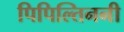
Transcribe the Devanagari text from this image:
पिपिल्तिननी